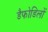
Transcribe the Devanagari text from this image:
डैफोडिलों